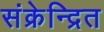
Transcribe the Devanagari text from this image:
संक्रेन्द्रित